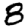
Digit: 8